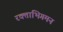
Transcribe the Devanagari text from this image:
रक्ताभिगमन